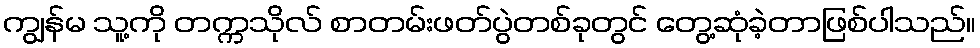
ကျွန်မ သူ့ကို တက္ကသိုလ် စာတမ်းဖတ်ပွဲတစ်ခုတွင် တွေ့ဆုံခဲ့တာဖြစ်ပါသည်။